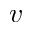
^ Ḋ v Ḍ